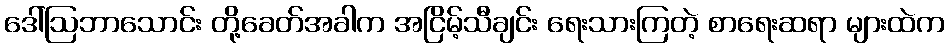
ဒေါ်ဩဘာသောင်း တို့ခေတ်အခါက အငြိမ့်သီချင်း ရေးသားကြတဲ့ စာရေးဆရာ များထဲက